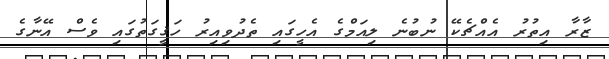
ޒާރާ އިތުރު އެއްޗެކޭ ނުބުނެ ލިއަމްގެ އެހީގައި ތެދުވިއިރު ހަޤީގަތުގައި ވެސް އޭނާގެ